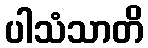
ပါသံသာတိ